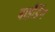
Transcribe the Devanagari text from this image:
बाईंडिंग